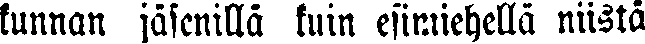
kunnan jäsenillä kuin esimiehellä niistä